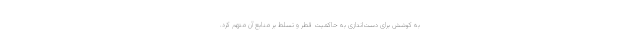
به کوشش برای دست‌اندازی به حاکمیت قطر و تسلط بر منابع آن متهم کرد.